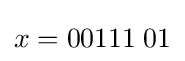
x=00111\;01